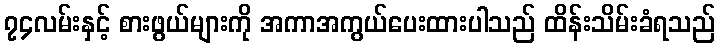
၇၄လမ်းနှင့် စားဖွယ်များကို အကာအကွယ်ပေးထားပါသည် ထိန်းသိမ်းခံရသည်